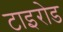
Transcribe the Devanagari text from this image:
टाइरोड